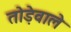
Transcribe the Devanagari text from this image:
तोड़ेवाले